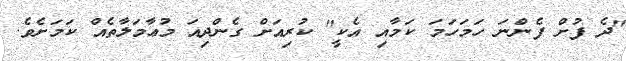
"ދެ ފުށް ފެންނަ ހަމަހަމަ ކަމާއި އެކީ" ކުރިއަށް ގެންދިއަ މުޢާމަލާތެއް ކަމަށެވެ.